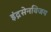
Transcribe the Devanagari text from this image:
इंद्रसेनविजय